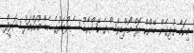
މިކަމާ ގުޅިގެން ބޭންކް އޮފް މޯލްޑިވްސްގެ ކޭޝްކާޑު ސެންޓަރުގެ ހެޑް މުހައްމަދު ޝަރީފް